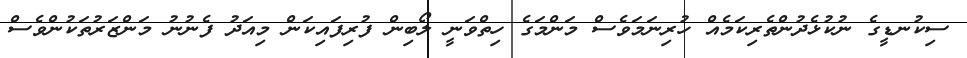
ސިކުނޑީގެ ނުކުޅެދުންތެރިކަމެއް ހުރިނަމަވެސް މަންމަގެ ހިތްވަނީ ލޯބިން ފުރިފައިކަން މިއަދު ފެނުނު މަންޒަރުތަކުންވެސް